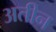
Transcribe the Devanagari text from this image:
अतीन